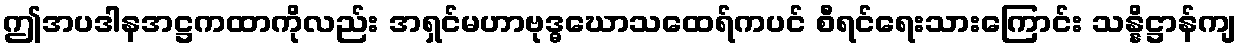
ဤအပဒါနအဋ္ဌကထာကိုလည်း အရှင်မဟာဗုဒ္ဓဃောသထေရ်ကပင် စီရင်ရေးသားကြောင်း သန္နိဋ္ဌာန်ကျ